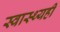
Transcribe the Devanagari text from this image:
स्वास्थ्यही